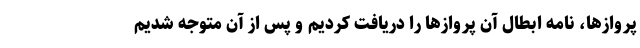
پروازها، نامه ابطال آن پروازها را دریافت کردیم و پس از آن متوجه شدیم